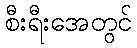
စီးရီးအေတွင်